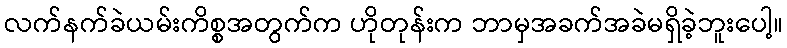
လက်နက်ခဲယမ်းကိစ္စအတွက်က ဟိုတုန်းက ဘာမှအခက်အခဲမရှိခဲ့ဘူးပေါ့။